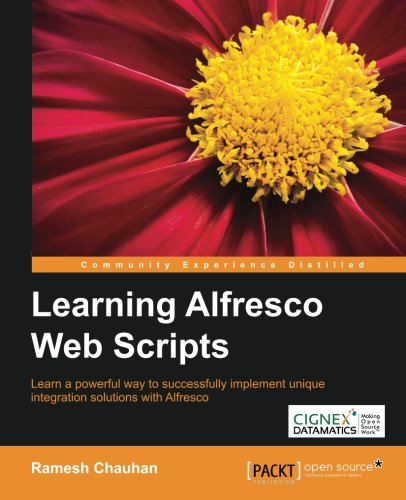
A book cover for Learning Alfresco Web Scripts; Ramesh Chauhan; Computers & Technology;